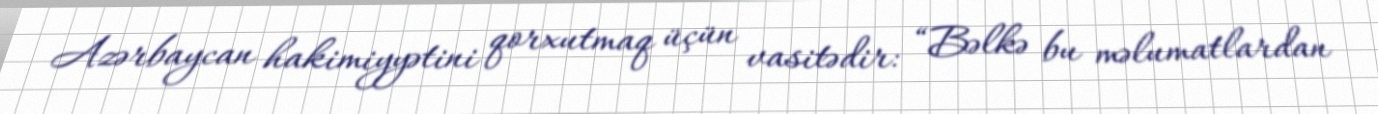
Azərbaycan hakimiyyətini qorxutmaq üçün vasitədir: “Bəlkə bu məlumatlardan